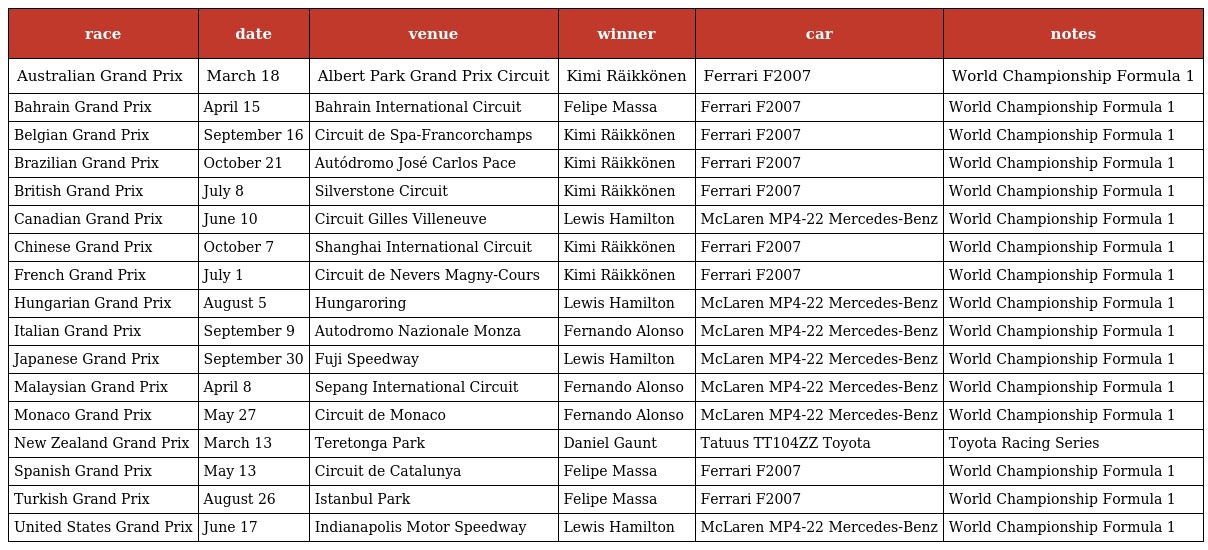
| race | date | venue | winner | car | notes |
 | --- | --- | --- | --- | --- | --- |
 | Australian Grand Prix | March 18 | Albert Park Grand Prix Circuit | Kimi Räikkönen | Ferrari F2007 | World Championship Formula 1 |
 | Bahrain Grand Prix | April 15 | Bahrain International Circuit | Felipe Massa | Ferrari F2007 | World Championship Formula 1 |
 | Belgian Grand Prix | September 16 | Circuit de Spa-Francorchamps | Kimi Räikkönen | Ferrari F2007 | World Championship Formula 1 |
 | Brazilian Grand Prix | October 21 | Autódromo José Carlos Pace | Kimi Räikkönen | Ferrari F2007 | World Championship Formula 1 |
 | British Grand Prix | July 8 | Silverstone Circuit | Kimi Räikkönen | Ferrari F2007 | World Championship Formula 1 |
 | Canadian Grand Prix | June 10 | Circuit Gilles Villeneuve | Lewis Hamilton | McLaren MP4-22 Mercedes-Benz | World Championship Formula 1 |
 | Chinese Grand Prix | October 7 | Shanghai International Circuit | Kimi Räikkönen | Ferrari F2007 | World Championship Formula 1 |
 | French Grand Prix | July 1 | Circuit de Nevers Magny-Cours | Kimi Räikkönen | Ferrari F2007 | World Championship Formula 1 |
 | Hungarian Grand Prix | August 5 | Hungaroring | Lewis Hamilton | McLaren MP4-22 Mercedes-Benz | World Championship Formula 1 |
 | Italian Grand Prix | September 9 | Autodromo Nazionale Monza | Fernando Alonso | McLaren MP4-22 Mercedes-Benz | World Championship Formula 1 |
 | Japanese Grand Prix | September 30 | Fuji Speedway | Lewis Hamilton | McLaren MP4-22 Mercedes-Benz | World Championship Formula 1 |
 | Malaysian Grand Prix | April 8 | Sepang International Circuit | Fernando Alonso | McLaren MP4-22 Mercedes-Benz | World Championship Formula 1 |
 | Monaco Grand Prix | May 27 | Circuit de Monaco | Fernando Alonso | McLaren MP4-22 Mercedes-Benz | World Championship Formula 1 |
 | New Zealand Grand Prix | March 13 | Teretonga Park | Daniel Gaunt | Tatuus TT104ZZ Toyota | Toyota Racing Series |
 | Spanish Grand Prix | May 13 | Circuit de Catalunya | Felipe Massa | Ferrari F2007 | World Championship Formula 1 |
 | Turkish Grand Prix | August 26 | Istanbul Park | Felipe Massa | Ferrari F2007 | World Championship Formula 1 |
 | United States Grand Prix | June 17 | Indianapolis Motor Speedway | Lewis Hamilton | McLaren MP4-22 Mercedes-Benz | World Championship Formula 1 |